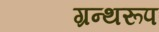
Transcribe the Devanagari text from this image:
ग्रन्थरूप